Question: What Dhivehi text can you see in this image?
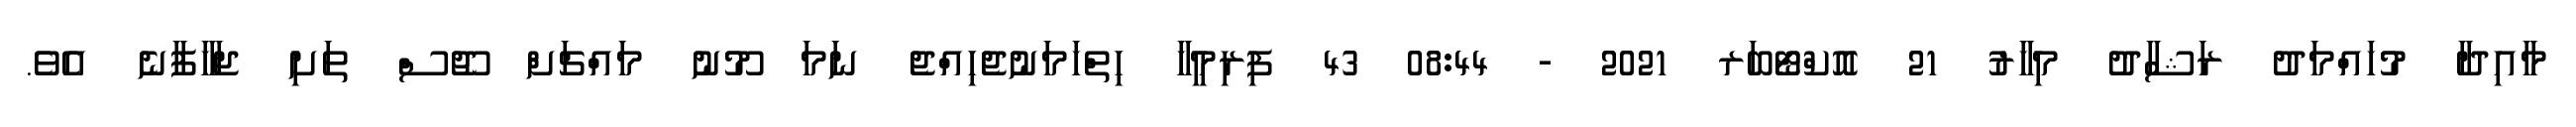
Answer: މާއިދާ މުހައްމަދު ރަޝާދު މިހާރު 21 އޮކްޓޯބަރ 2021 - 08:44 43 ފިރިމީހާ ހިތްހަމަނުޖެހިއްޖެ ނަމަ މޫނު މައްޗަށް ޖޫސް ތަށި ޖަހާފާނެ އެވެ.